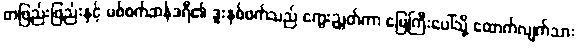
တဖြည်းဖြည်းနှင့် မစ်စက်ဆန်ဒရီ၏ ဒူးနှစ်ဖက်သည် ကွေးညွှတ်ကာ မြေကြီးပေါ်သို့ ထောက်လျက်သား